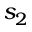
s _ { 2 }